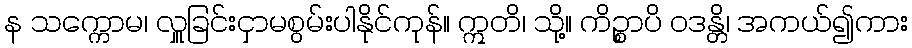
န သက္ကောမ၊ လှူခြင်းငှာမစွမ်းပါနိုင်ကုန်။ ဣတိ၊ သို့။ ကိဉ္စာပိ ဝဒန္တိ၊ အကယ်၍ကား